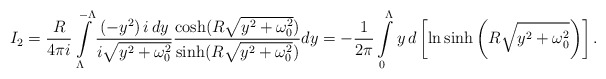
\begin{align*}I_2=\frac{R}{4\pi i}\int\limits_{\Lambda}^{-\Lambda}\frac{(-y^2)\,i\, dy}{i\sqrt{y^2+\omega_0^2}}\frac{\cosh(R\sqrt{y^2+\omega^2_0})}{\sinh(R\sqrt{y^2+\omega^2_0})}dy=-\frac{1}{2\pi}\int\limits_{0}^{\Lambda}y\, d\left[\ln\sinh\left(R\sqrt{y^2+\omega_0^2}\right)\right].\end{align*}